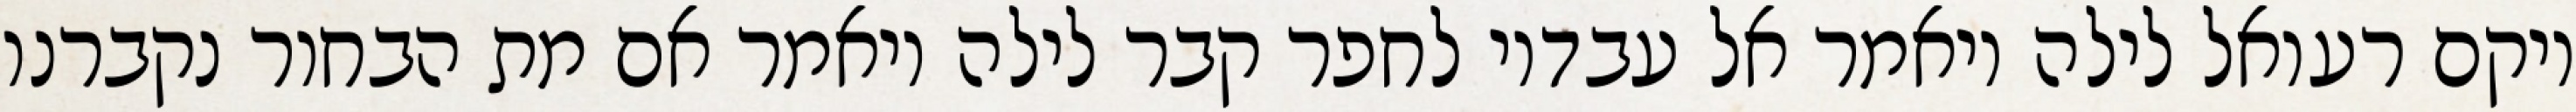
ויקם רעואל לילה ויאמר אל עבדיו לחפר קבר לילה ויאמר אם מת הבחור נקברנו